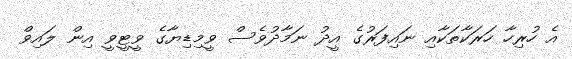
އެ ހުރިހާ ހަރަކާތަކާއި ނައިފަރުގެ އީދު ނަމާދުވެސް ވީމިޑިޔާގެ ވީޓީވީ އިން ލައިވް